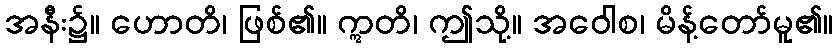
အနီး၌။ ဟောတိ၊ ဖြစ်၏။ ဣတိ၊ ဤသို့။ အဝေါစ၊ မိန့်တော်မူ၏။